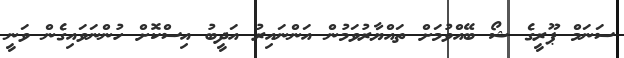
ސަނަމް ޕޫރީގެ ޝޯ ބޭއްވުމަށް ތައްޔާރުވަމުން އަންނައިރު އަދީބު އިސްކޮށް ހުންނަވައިގެން ވަނީ